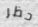
حظر